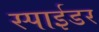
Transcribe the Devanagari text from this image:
स्पाईडर